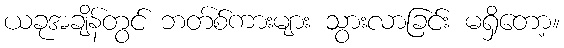
ယခုအချိန်တွင် ဘတ်စ်ကားများ သွားလာခြင်း မရှိတော့။